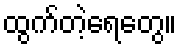
ထွက်တဲ့ရေတွေ။